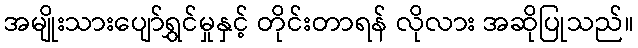
အမျိုးသားပျော်ရွှင်မှုနှင့် တိုင်းတာရန် လိုလား အဆိုပြုသည်။